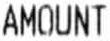
AMOUNT